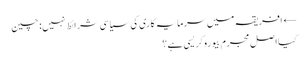
← افریقہ میں سرمایہ کاری کی سیاسی شرائط نہیں: چین
کیا اصل مجرم بیوروکریسی ہے؟